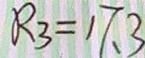
R _ { 3 } = 1 7 . 3